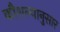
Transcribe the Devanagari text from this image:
कौशल्यानुसार